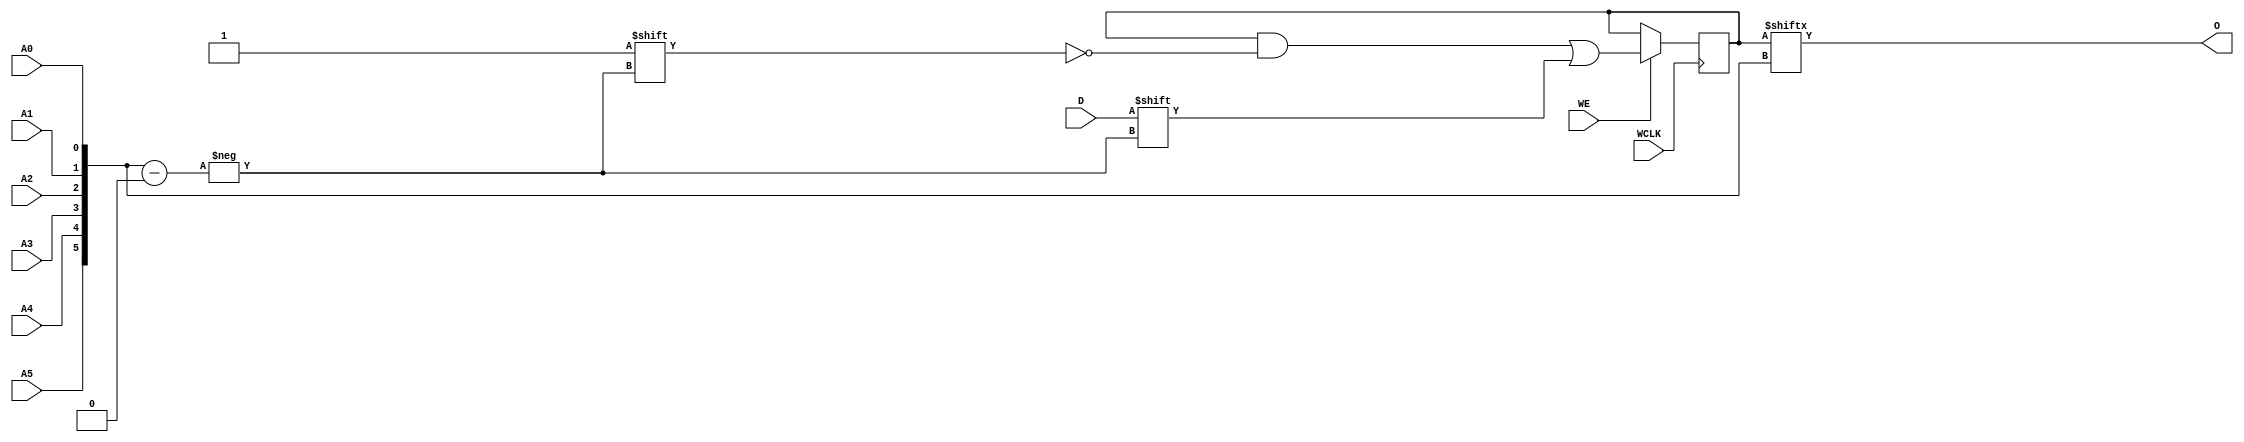
// $Header: /devl/xcs/repo/env/Databases/CAEInterfaces/verunilibs/data/unisims/RAM64X1S_1.v,v 1.8 2005/03/14 22:32:58 yanx Exp $
///////////////////////////////////////////////////////////////////////////////
// Copyright (c) 1995/2004 Xilinx, Inc.
// All Right Reserved.
///////////////////////////////////////////////////////////////////////////////
//   ____  ____
//  /   /\/   /
// /___/  \  /    Vendor : Xilinx
// \   \   \/     Version : 10.1
//  \   \         Description : Xilinx Functional Simulation Library Component
//  /   /                  Static Synchronous RAM 64-Deep by 1-Wide
// /___/   /\     Filename : RAM64X1S_1.v
// \   \  /  \    Timestamp : Thu Mar 25 16:43:34 PST 2004
//  \___\/\___\
//
// Revision:
//    03/23/04 - Initial version.
//    02/04/05 - Rev 0.0.1 Remove input/output bufs; Remove for-loop in initial block;
// End Revision

`timescale  1 ps / 1 ps


module RAM64X1S_1 (O, A0, A1, A2, A3, A4, A5, D, WCLK, WE);

    parameter INIT = 64'h0000000000000000;

    output O;

    input  A0, A1, A2, A3, A4, A5, D, WCLK, WE;

    reg  [63:0] mem;
    wire [5:0] adr;

    assign adr = {A5, A4, A3, A2, A1, A0};
    assign O = mem[adr];

    initial 
        mem = INIT;

    always @(negedge WCLK) 
        if (WE == 1'b1)
            mem[adr] <= #100 D;

endmodule